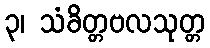
၃၊ သံခိတ္တဗလသုတ္တ